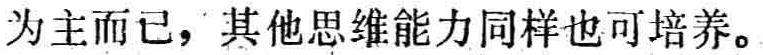
为主而已，其他思维能力同样也可培养。